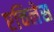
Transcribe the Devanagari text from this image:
एचिलेस